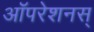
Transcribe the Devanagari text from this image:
ऑपरेशनस्